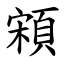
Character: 䫅